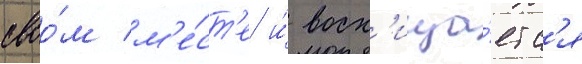
своо́м м'е́ст'е и́ восх'ища́етс'я